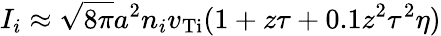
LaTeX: I_{i}\approx\sqrt{8\pi}a^{2}n_{i}v_{\mathrm{Ti}}(1+z\tau+0.1z^{2}\tau^{2}\eta)